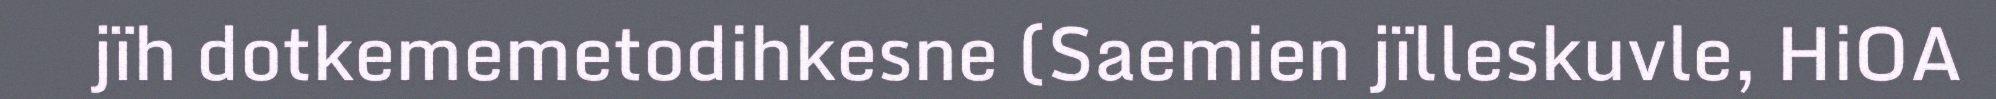
jïh dotkememetodihkesne (Saemien jïlleskuvle, HiOA